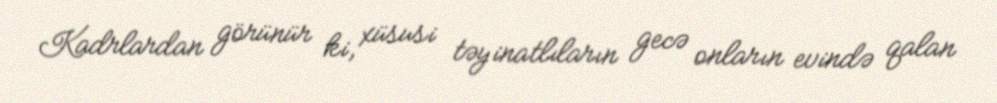
Kadrlardan görünür ki, xüsusi təyinatlıların gecə onların evində qalan